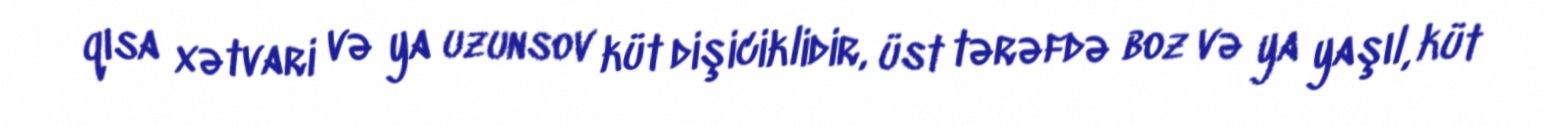
qısa xətvari və ya uzunsov küt dişiciklidir, üst tərəfdə boz və ya yaşıl, küt